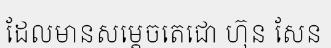
ដែលមានសម្តេចតេជោ ហ៊ុន សែន